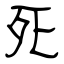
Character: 死